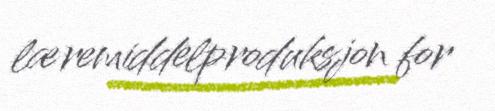
læremiddelproduksjon for